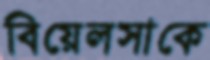
বিয়েলসাকে